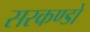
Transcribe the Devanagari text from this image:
सरकण्डों